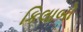
કિલાબો